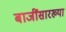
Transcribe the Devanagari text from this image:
बाजींसारख्या